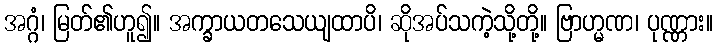
အဂ္ဂံ၊ မြတ်၏ဟူ၍။ အက္ခာယတသေယျထာပိ၊ ဆိုအပ်သကဲ့သို့တို့။ ဗြာဟ္မဏ၊ ပုဏ္ဏား။